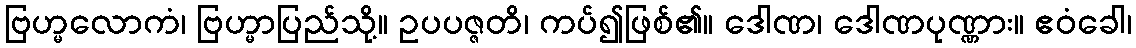
ဗြဟ္မလောကံ၊ ဗြဟ္မာပြည်သို့။ ဥပပဇ္ဇတိ၊ ကပ်၍ဖြစ်၏။ ဒေါဏ၊ ဒေါဏပုဏ္ဏား။ ဧဝံခေါ၊